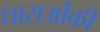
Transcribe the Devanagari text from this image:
धाराओंकी